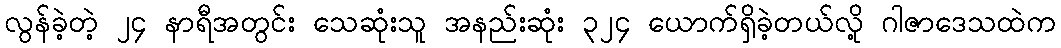
လွန်ခဲ့တဲ့ ၂၄ နာရီအတွင်း သေဆုံးသူ အနည်းဆုံး ၃၂၄ ယောက်ရှိခဲ့တယ်လို့ ဂါဇာဒေသထဲက